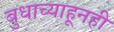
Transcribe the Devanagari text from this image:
बुधाच्याहूनही